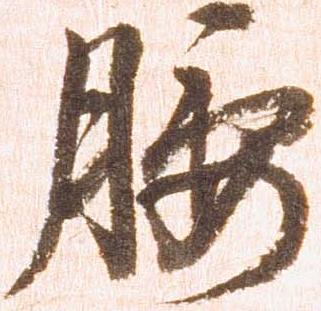
腰